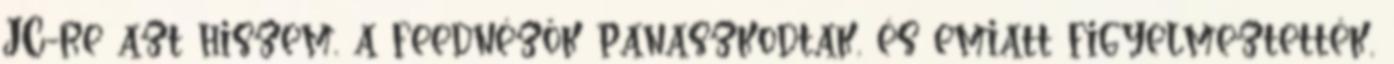
JC-re azt hiszem, a feednézők panaszkodtak, és emiatt figyelmeztették,